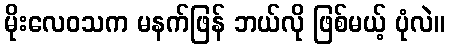
မိုးလေဝသက မနက်ဖြန် ဘယ်လို ဖြစ်မယ့် ပုံလဲ။